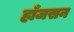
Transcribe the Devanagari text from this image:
हाँजसन